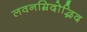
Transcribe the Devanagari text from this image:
लवनम्रिदोद्भिद